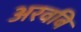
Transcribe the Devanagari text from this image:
अरवबि